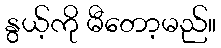
နွယ့်ကို မီတော့မည်။